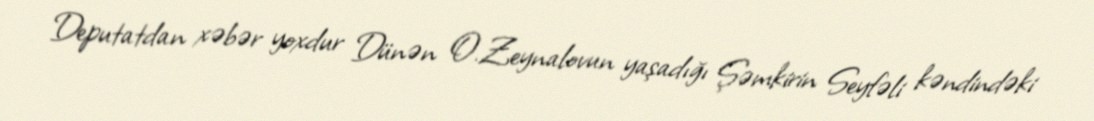
Deputatdan xəbər yoxdur Dünən O.Zeynalovun yaşadığı Şəmkirin Seyfəli kəndindəki